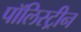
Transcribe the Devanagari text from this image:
पॉलिस्ट्रीन